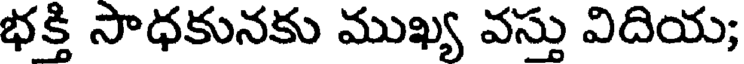
భక్తి సాధకునకు ముఖ్య వస్తు విదియ;